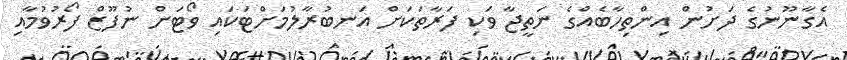
އެގާނޫނުގެ ދަށުން އިންތިހާބެއްގެ ނަތީޖާ ވަކި ފަރާތަކަށް އަނބުރާލުމަށްޓަކައި ވޯޓަށް ނުފޫޒް ފޯރުވުމާއި